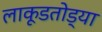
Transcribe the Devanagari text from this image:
लाकूडतोड्या